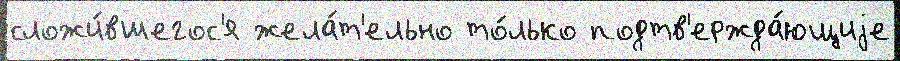
сложи́вшегос'я жела́т'ельно то́лько подтв'ержда́ющиjе